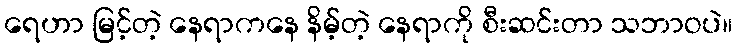
ရေဟာ မြင့်တဲ့ နေရာကနေ နိမ့်တဲ့ နေရာကို စီးဆင်းတာ သဘာဝပဲ။